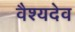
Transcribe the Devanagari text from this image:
वैश्यदेव